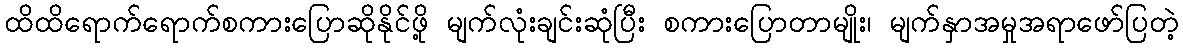
ထိထိရောက်ရောက်စကားပြောဆိုနိုင်ဖို့ မျက်လုံးချင်းဆုံပြီး စကားပြောတာမျိုး၊ မျက်နှာအမှုအရာဖော်ပြတဲ့